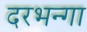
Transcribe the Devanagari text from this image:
दरभन्गा